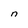
Character: n